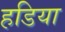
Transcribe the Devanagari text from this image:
हडिया